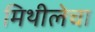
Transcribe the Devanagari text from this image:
मिथीलेचा